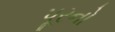
પૂરનો